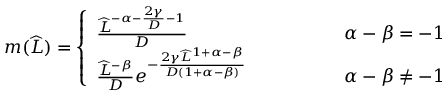
\begin{array} { r } { m ( \widehat { L } ) = \left\{ \begin{array} { l l } { \frac { \widehat { L } ^ { - \alpha - \frac { 2 \gamma } { D } - 1 } } { D } \qquad \qquad } & { \ \alpha - \beta = - 1 } \\ { \frac { \widehat { L } ^ { - \beta } } { D } e ^ { - \frac { 2 \gamma \widehat { L } ^ { 1 + \alpha - \beta } } { D ( 1 + \alpha - \beta ) } } \qquad \qquad } & { \ \alpha - \beta \neq - 1 } \end{array} \right. } \end{array}